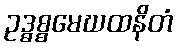
ဥဒ္ဓစ္စမေဃထနိတံ